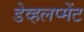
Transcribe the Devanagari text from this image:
डेव्हलप्मेंट